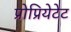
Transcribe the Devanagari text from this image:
प्रोप्रियेटेट